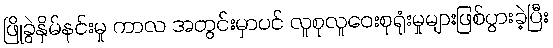
ဖြိုခွဲနှိမ်နင်းမှု ကာလ အတွင်းမှာပင် လူစုလူဝေးစုရုံးမှုများဖြစ်ပွားခဲ့ပြီး